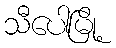
သီပေါမြို့